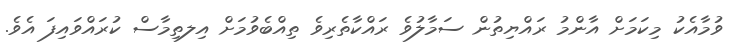
ވުމާއެކު މިކަމަށް އާންމު ރައްޔިތުން ސަމާލުވެ ރައްކާތެރިވެ ތިއްބެވުމަށް އިލތިމާސް ކުރައްވައިފަ އެވެ.